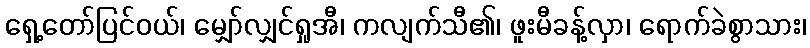
ရှေ့တော်ပြင်ဝယ်၊ မျှော်လျှင်ရှုအီ၊ ကလျက်သီ၏၊ ဖူးမီခန့်လှာ၊ ရောက်ခဲစွာသား၊